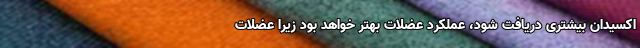
اکسیدان بیشتری دریافت شود، عملکرد عضلات بهتر خواهد بود زیرا عضلات